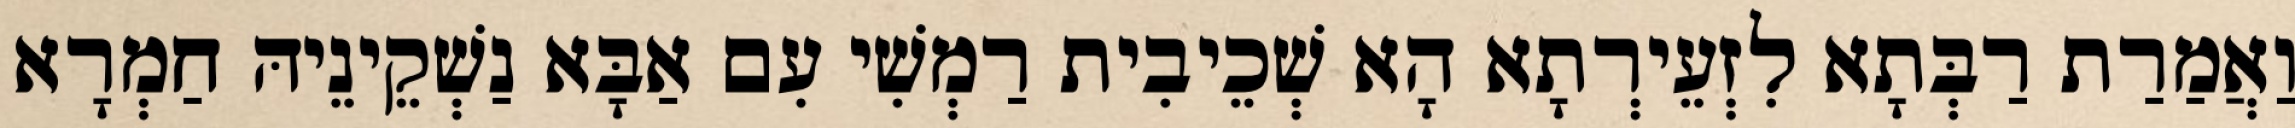
וַאֲמַרַת רַבְּתָא לִזְעֵירְתָא הָא שְׁכֵיבִית רַמְשִׁי עִם אַבָּא נַשְׁקֵינֵיהּ חַמְרָא